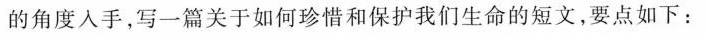
的角度人手，写一篇关于如何珍惜和保护我们生命的短文，要点如下：